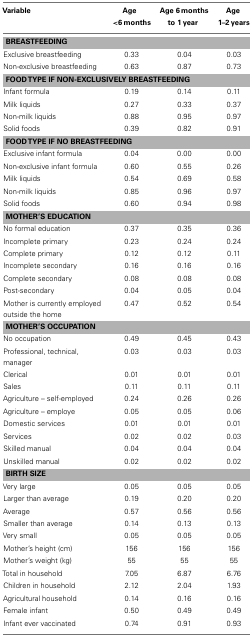
<table><thead><tr><td><b>Variable</b></td><td><b>Age &lt;6 months</b></td><td><b>Age 6 monthsto 1 year</b></td><td><b>Age 1–2 years</b></td></tr></thead><tbody><tr><td colspan="4"><b>BREASTFEEDING</b></td></tr><tr><td>Exclusive breastfeeding</td><td>0.33</td><td>0.04</td><td>0.03</td></tr><tr><td>Non-exclusive breastfeeding</td><td>0.63</td><td>0.87</td><td>0.73</td></tr><tr><td colspan="4"><b>FOOD TYPE IF NON-EXCLUSIVELY BREASTFEEDING</b></td></tr><tr><td>Infant formula</td><td>0.19</td><td>0.14</td><td>0.11</td></tr><tr><td>Milk liquids</td><td>0.27</td><td>0.33</td><td>0.37</td></tr><tr><td>Non-milk liquids</td><td>0.88</td><td>0.95</td><td>0.97</td></tr><tr><td>Solid foods</td><td>0.39</td><td>0.82</td><td>0.91</td></tr><tr><td colspan="4"><b>FOOD TYPE IF NO BREASTFEEDING</b></td></tr><tr><td>Exclusive infant formula</td><td>0.04</td><td>0.00</td><td>0.00</td></tr><tr><td>Non-exclusive infant formula</td><td>0.60</td><td>0.55</td><td>0.26</td></tr><tr><td>Milk liquids</td><td>0.54</td><td>0.69</td><td>0.58</td></tr><tr><td>Non-milk liquids</td><td>0.85</td><td>0.96</td><td>0.97</td></tr><tr><td>Solid foods</td><td>0.60</td><td>0.94</td><td>0.98</td></tr><tr><td colspan="4"><b>MOTHER’S EDUCATION</b></td></tr><tr><td>No formal education</td><td>0.37</td><td>0.35</td><td>0.36</td></tr><tr><td>Incomplete primary</td><td>0.23</td><td>0.24</td><td>0.24</td></tr><tr><td>Complete primary</td><td>0.12</td><td>0.12</td><td>0.11</td></tr><tr><td>Incomplete secondary</td><td>0.16</td><td>0.16</td><td>0.16</td></tr><tr><td>Complete secondary</td><td>0.08</td><td>0.08</td><td>0.08</td></tr><tr><td>Post-secondary</td><td>0.04</td><td>0.05</td><td>0.04</td></tr><tr><td>Mother is currently employed outside the home</td><td>0.47</td><td>0.52</td><td>0.54</td></tr><tr><td colspan="4"><b>MOTHER’S OCCUPATION</b></td></tr><tr><td>No occupation</td><td>0.49</td><td>0.45</td><td>0.43</td></tr><tr><td>Professional, technical, manager</td><td>0.03</td><td>0.03</td><td>0.03</td></tr><tr><td>Clerical</td><td>0.01</td><td>0.01</td><td>0.01</td></tr><tr><td>Sales</td><td>0.11</td><td>0.11</td><td>0.11</td></tr><tr><td>Agriculture – self-employed</td><td>0.24</td><td>0.26</td><td>0.26</td></tr><tr><td>Agriculture – employe</td><td>0.05</td><td>0.05</td><td>0.06</td></tr><tr><td>Domestic services</td><td>0.01</td><td>0.01</td><td>0.01</td></tr><tr><td>Services</td><td>0.02</td><td>0.02</td><td>0.03</td></tr><tr><td>Skilled manual</td><td>0.04</td><td>0.04</td><td>0.04</td></tr><tr><td>Unskilled manual</td><td>0.02</td><td>0.02</td><td>0.02</td></tr><tr><td colspan="4"><b>BIRTH SIZE</b></td></tr><tr><td>Very large</td><td>0.05</td><td>0.05</td><td>0.05</td></tr><tr><td>Larger than average</td><td>0.19</td><td>0.20</td><td>0.20</td></tr><tr><td>Average</td><td>0.57</td><td>0.56</td><td>0.56</td></tr><tr><td>Smaller than average</td><td>0.14</td><td>0.13</td><td>0.13</td></tr><tr><td>Very small</td><td>0.05</td><td>0.05</td><td>0.05</td></tr><tr><td>Mother’s height (cm)</td><td>156</td><td>156</td><td>156</td></tr><tr><td>Mother’s weight (kg)</td><td>55</td><td>55</td><td>55</td></tr><tr><td>Total in household</td><td>7.05</td><td>6.87</td><td>6.76</td></tr><tr><td>Children in household</td><td>2.12</td><td>2.04</td><td>1.93</td></tr><tr><td>Agricultural household</td><td>0.14</td><td>0.16</td><td>0.16</td></tr><tr><td>Female infant</td><td>0.50</td><td>0.49</td><td>0.49</td></tr><tr><td>Infant ever vaccinated</td><td>0.74</td><td>0.91</td><td>0.93</td></tr></tbody></table>